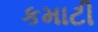
કમાટી